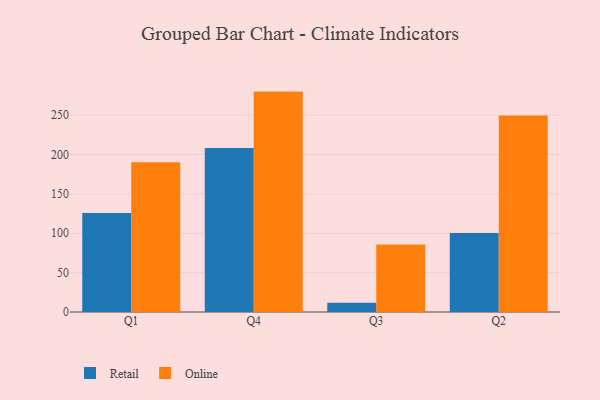
{"axis": {"x": "Quarter", "y": "Bounce Rate (%)"}, "legend": ["Online", "Retail"], "data": [{"x": "Q1", "y": 125.6, "type": "Retail"}, {"x": "Q1", "y": 190.2, "type": "Online"}, {"x": "Q4", "y": 208.4, "type": "Retail"}, {"x": "Q4", "y": 279.9, "type": "Online"}, {"x": "Q3", "y": 11.6, "type": "Retail"}, {"x": "Q3", "y": 85.8, "type": "Online"}, {"x": "Q2", "y": 100.3, "type": "Retail"}, {"x": "Q2", "y": 249.5, "type": "Online"}]}